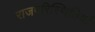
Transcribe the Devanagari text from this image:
राजपरिस्थितियों